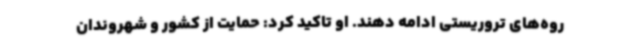
روه‌های تروریستی ادامه دهند. او تاکید کرد: حمایت از کشور و شهروندان